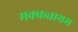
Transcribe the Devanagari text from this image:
मक्कत्तायम